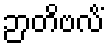
ဉာတိဗလိံ